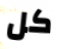
كل